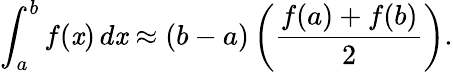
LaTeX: \int_{a}^{b}f(\mathit{x})\, d\mathit{x}\approx(b-a)\left({\frac{{f(a)+f(b)}}{{2}}}\right).